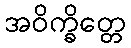
အဝိက္ခိတ္တေ